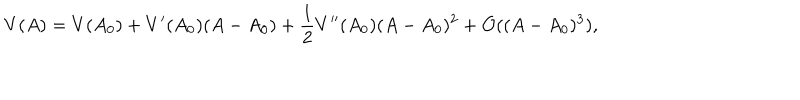
V ( A ) = V ( A _ { 0 } ) + V ^ { \prime } ( A _ { 0 } ) ( A - A _ { 0 } ) + \frac { 1 } { 2 } V ^ { \prime \prime } ( A _ { 0 } ) ( A - A _ { 0 } ) ^ { 2 } + { \cal O } ( ( A - A _ { 0 } ) ^ { 3 } ) ,